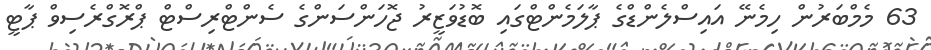
63 މެމްބަރުން ހިމެނޭ އައިސްލެންޑްގެ ޕާލަމެންޓްގައި ބޮޑުވަޒީރު ޖޮހަންސަންގެ ސެންޓްރިސްޓް ޕްރޮގްރެސިވް ޕާޓީ